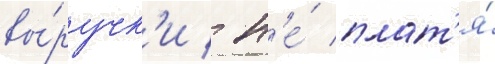
вы́ручк'и / н'е́ плат'я́